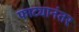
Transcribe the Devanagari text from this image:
फाट्यानंतर